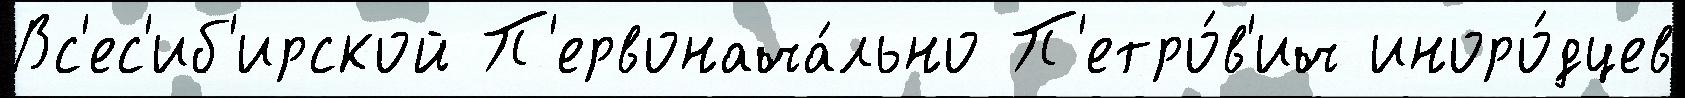
Вс'ес'иб'ирской П'ервонача́льно П'етро́в'ич иноро́дцев